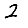
Digit: 2